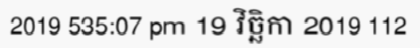
2019 535:07 pm 19 វិច្ឆិកា 2019 112